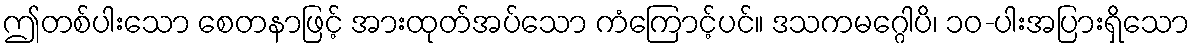
ဤတစ်ပါးသော စေတနာဖြင့် အားထုတ်အပ်သော ကံကြောင့်ပင်။ ဒသကမဂ္ဂေါပိ၊ ၁၀-ပါးအပြားရှိသော